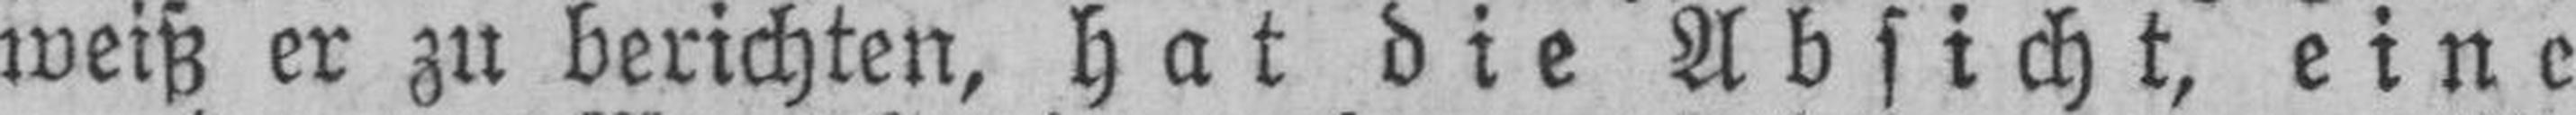
weiß er zu berichten, hat die Absicht, eine